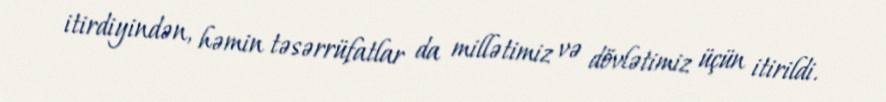
itirdiyindən, həmin təsərrüfatlar da millətimiz və dövlətimiz üçün itirildi.